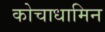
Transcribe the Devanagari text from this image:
कोचाधामिन